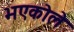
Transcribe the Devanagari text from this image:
भएकोले